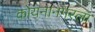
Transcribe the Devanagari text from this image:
कोयनानगरला